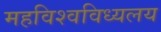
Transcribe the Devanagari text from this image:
महविश्वविध्यलय